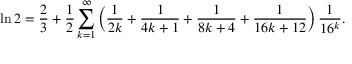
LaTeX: \ln 2 = { \frac { 2 } { 3 } } + { \frac { 1 } { 2 } } \sum _ { k = 1 } ^ { \infty } \left( { \frac { 1 } { 2 k } } + { \frac { 1 } { 4 k + 1 } } + { \frac { 1 } { 8 k + 4 } } + { \frac { 1 } { 1 6 k + 1 2 } } \right) { \frac { 1 } { 1 6 ^ { k } } } .